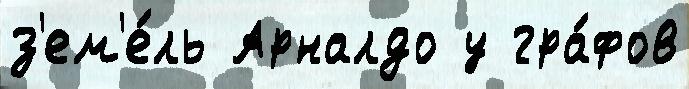
з'ем'е́ль Арналдо у гра́фов